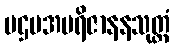
ပဌမအပရိဇာနနသုတ္တံ